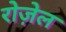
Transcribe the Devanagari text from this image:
रोज़ेल